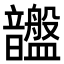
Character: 𥃚